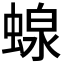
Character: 𧍭